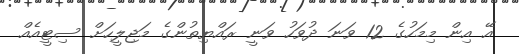
އޭ އިން މިމަހުގެ 12 ވަނަ ދުވަހު ވަނީ ރައްޔިތުންގެ މަޖިލީހަށް ސިޓީއެއް